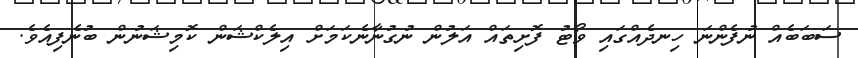
ސަބަބެއް ނުފެންނަ ހިނދެއްގައި ވޯޓު ފޮށިތައް އަލުން ނުގުނާނެކަމަށް އިލެކްޝަން ކޮމިޝަނުން ބުނެފިއެވެ.